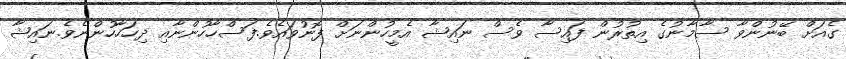
ގެއަށް ބޭނުންވާ ސާމާނުގެ އިތުރުން ފައިސާ ވެސް ނައިޝާ އެމީހުންނަށް ފޮނުވައެވެ.ފަސްހާހުންނާއި ދިހަހާހުންނެވެ.ނައިޝާ